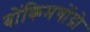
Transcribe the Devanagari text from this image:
बोंकिमचोंद्रो